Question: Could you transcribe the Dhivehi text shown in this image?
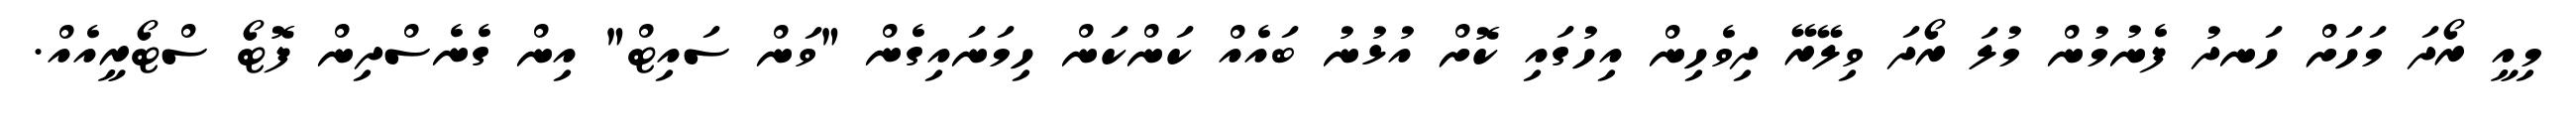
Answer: މިއީ ރޯދަ މަހަށް ހަނދު ފެނުމުން މުލަ ރޯދަ ވިލޭރޭ ދިވެހިން އިހުގައި ކޮށް އުޅުނު ބައެއް ކަންކަން ހިމަނައިގެން "ވަން ސައިޓް" އިން ގެނެސްދިން ފޮޓޯ ސްޓޯރީއެއް.